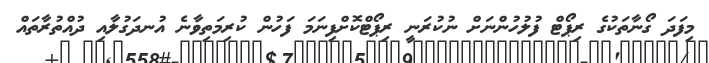
މިފަދަ ގޯނާތަކުގެ ރިޕޯޓް ފުލުހުންނަށް ނުކުރަނީ ރިޕޯޓްކޮށްފިނަމަ ފަހުން ކުރިމަތިވާނެ އުނދަގުލާއި ދުއްތުރާތައް